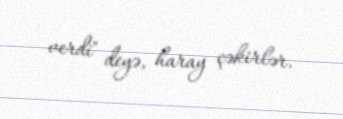
verdi" deyə, haray çəkirlər.